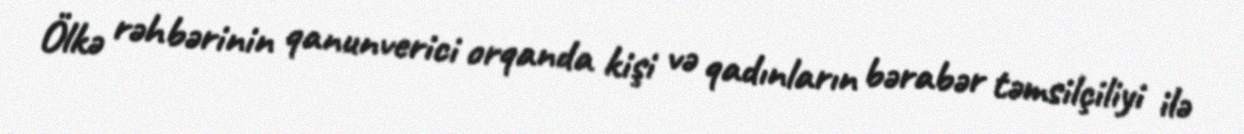
Ölkə rəhbərinin qanunverici orqanda kişi və qadınların bərabər təmsilçiliyi ilə